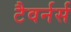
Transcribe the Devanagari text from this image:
टैवर्नर्स